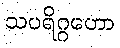
သပရိဂ္ဂဟော